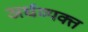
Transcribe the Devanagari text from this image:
अर्धव्यक्त